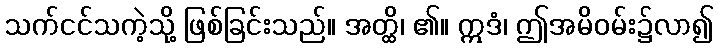
သက်ငင်သကဲ့သို့ ဖြစ်ခြင်းသည်။ အတ္ထိ၊ ၏။ ဣဒံ၊ ဤအမိဝမ်း၌လာ၍